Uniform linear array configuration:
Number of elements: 32
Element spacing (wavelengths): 1
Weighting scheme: hamming
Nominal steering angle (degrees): -45
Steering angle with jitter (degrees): -43.729
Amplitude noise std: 0.05
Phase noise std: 0.05

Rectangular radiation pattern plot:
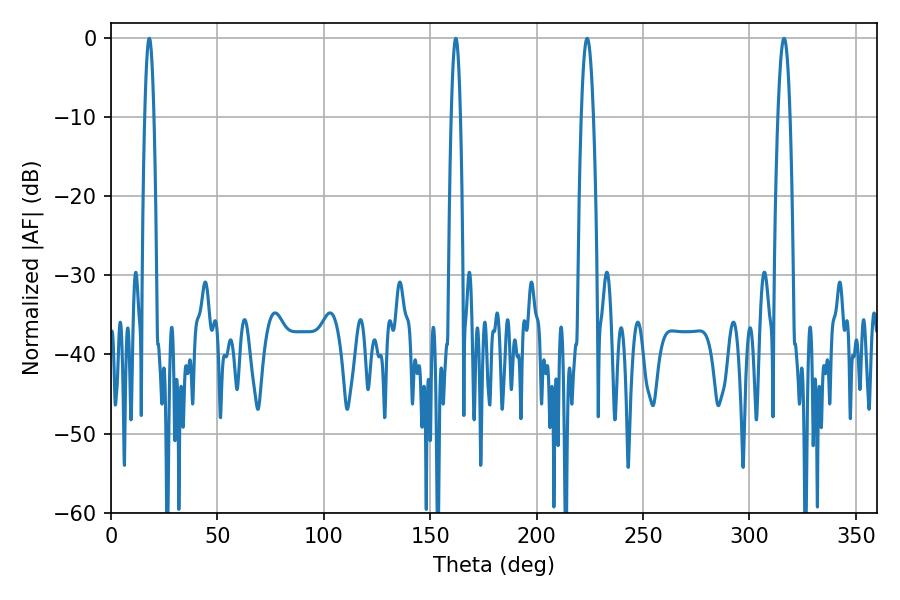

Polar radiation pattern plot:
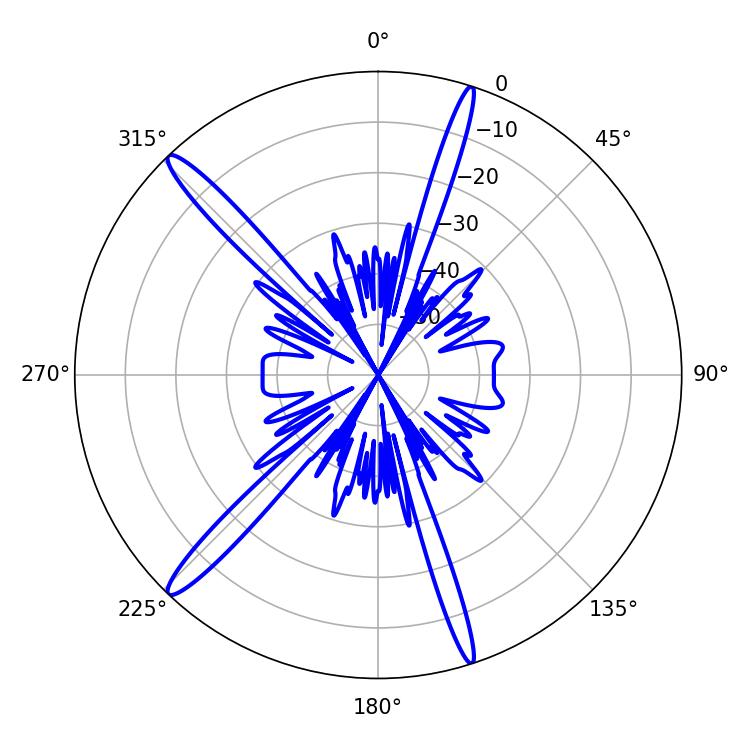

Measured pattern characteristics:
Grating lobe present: TRUE
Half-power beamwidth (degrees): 3.06
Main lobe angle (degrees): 223.74